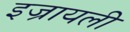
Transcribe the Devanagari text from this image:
इज्रायली